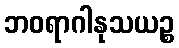
ဘဝရာဂါနုသယဉ္စ